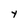
Character: Y